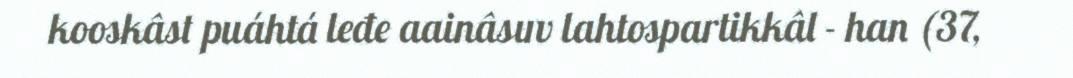
kooskâst puáhtá leđe aainâsuv lahtospartikkâl - han (37,